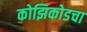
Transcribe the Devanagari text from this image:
कोझिकोडचा